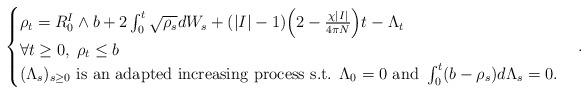
LaTeX: \begin{align*}\begin{cases}\rho_t=R^I_0\wedge b+2\int_0^t\sqrt{\rho_s}dW_s+(|I|-1)\Big(2-\frac{\chi|I|}{4\pi N}\Big)t-\Lambda_t\\\forall t\geq 0,\;\rho_t\leq b\\(\Lambda_s)_{s\geq 0}\mbox{ is an adapted increasing process s.t. }\Lambda_0=0\mbox{ and }\int_0^t(b-\rho_s)d\Lambda_s=0.\end{cases}. \end{align*}